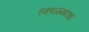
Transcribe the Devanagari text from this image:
रंकाळ्याचा